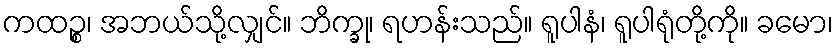
ကထဉ္စ၊ အဘယ်သို့လျှင်။ ဘိက္ခု၊ ရဟန်းသည်။ ရူပါနံ၊ ရူပါရုံတို့ကို။ ခမော၊